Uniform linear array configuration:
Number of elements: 48
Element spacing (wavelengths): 0.5
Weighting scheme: cosine
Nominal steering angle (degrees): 15
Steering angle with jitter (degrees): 15.35
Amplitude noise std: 0.05
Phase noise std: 0.05

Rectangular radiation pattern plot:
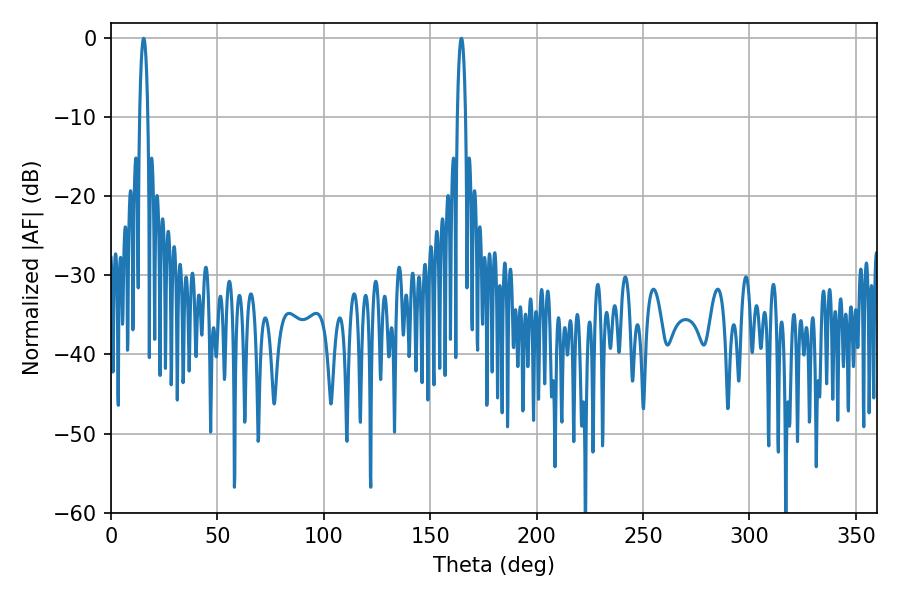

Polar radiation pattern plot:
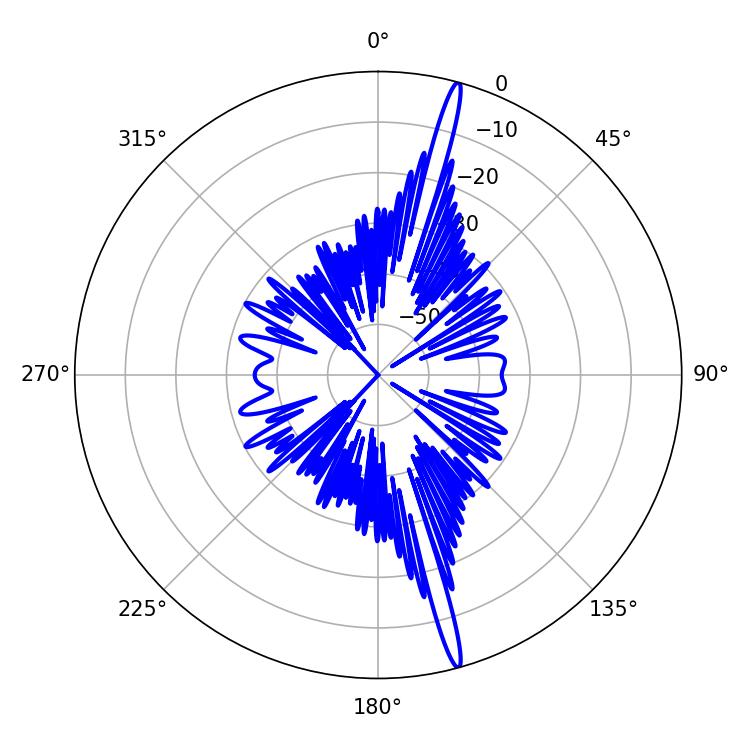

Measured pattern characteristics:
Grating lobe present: FALSE
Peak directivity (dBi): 19.392
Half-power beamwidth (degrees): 2.16
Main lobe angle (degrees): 15.3